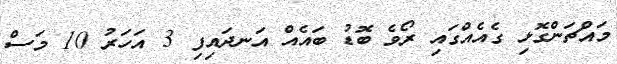
މައްޗަންގޮޅި ގެއެއްގައި ރޯވެ ބޮޑު ބައެއް އަނދައިފި 3 އަހަރު 10 މަސް